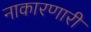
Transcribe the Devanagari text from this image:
नाकारणारी